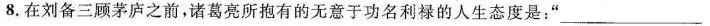
8.在刘备三顾茅庐之前，诸葛亮所抱有的无意于功名利禄的人生态度是：”___